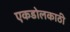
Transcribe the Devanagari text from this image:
एकडोलकाठी